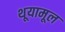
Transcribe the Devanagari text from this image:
थूयामूल